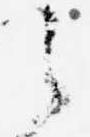
之